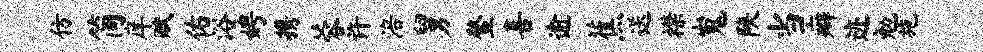
仿简庠赋佑浴娉携蓉许涪舅鳌喜逾蕉送襟嵬陕当癖迹勉施